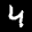
Label: 4